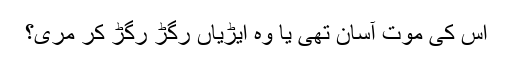
اس کی موت آسان تھی یا وہ ایڑیاں رگڑ رگڑ کر مری؟